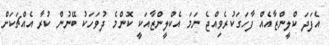
އެފަދަ ކްލީންޒާއެއް ފާހަގަކުރެވިއްޖެ ނަމަ އެކްލީންޒާއަކީ ކޮންމެ ދުވަހަކު ބޭނުން ކުރާ އެއްޗަކަށް